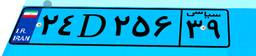
۲۴D۲۵۶۳۹